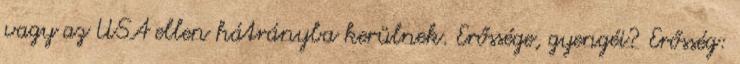
vagy az USA ellen hátrányba kerülnek. Erőssége, gyengéi? Erősség: